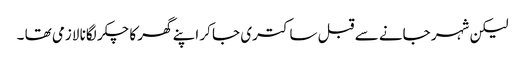
لیکن شہر جانے سے قبل ساکتری جا کر اپنے گھر کا چکر لگانا لازمی تھا ۔